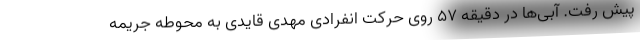
پیش رفت. آبی‌ها در دقیقه ۵۷ روی حرکت انفرادی مهدی قایدی به محوطه جریمه